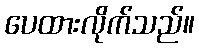
ပေထားလိုက်သည်။